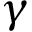
\gamma